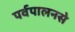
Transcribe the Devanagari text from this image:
पर्वपालनसे